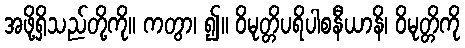
အဖို့ရှိသည်တို့ကို။ ကတွာ၊ ၍။ ဝိမုတ္တိပရိပါစနီယာနိ၊ ဝိမုတ္တိကို